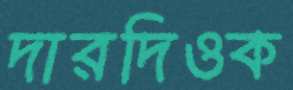
দারদিওক